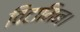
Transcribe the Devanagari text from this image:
विटामिन।